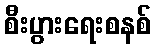
စီးပွားရေးစနစ်